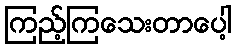
ကြည့်ကြသေးတာပေါ့